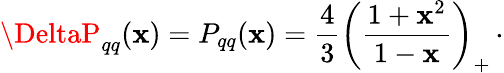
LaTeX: \DeltaP_{qq}(\mathbf{x})=P_{qq}(\mathbf{x})={\frac{{4}}{{3}}}\left({\frac{{1+\mathbf{x}^{2}}}{{1-\mathbf{x}}}}\right)_{+}\, \cdot